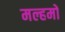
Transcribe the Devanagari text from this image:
मल्हमों